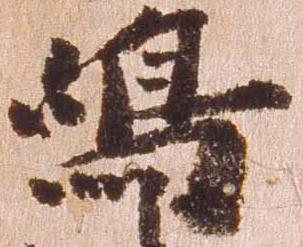
島